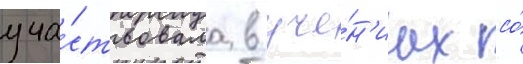
уча́ствовала в уче́н'иах со́